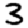
Digit: 3